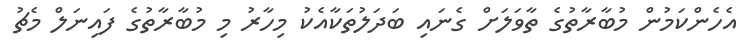
އެހެންކަމުން މުބާރާތުގެ ތާވަލަށް ގެނައި ބަދަލުތަކާއެކު މިހާރު މި މުބާރާތުގެ ފައިނަލް މެޗު